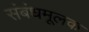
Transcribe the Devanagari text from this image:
संबंधमूलक